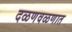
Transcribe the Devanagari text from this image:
दळणवळणात